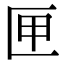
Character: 匣